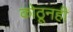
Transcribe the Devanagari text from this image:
कोठूनही